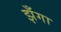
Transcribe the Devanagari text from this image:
झँगा